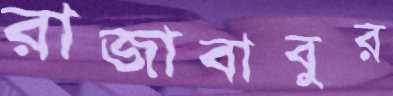
রাজাবাবুর